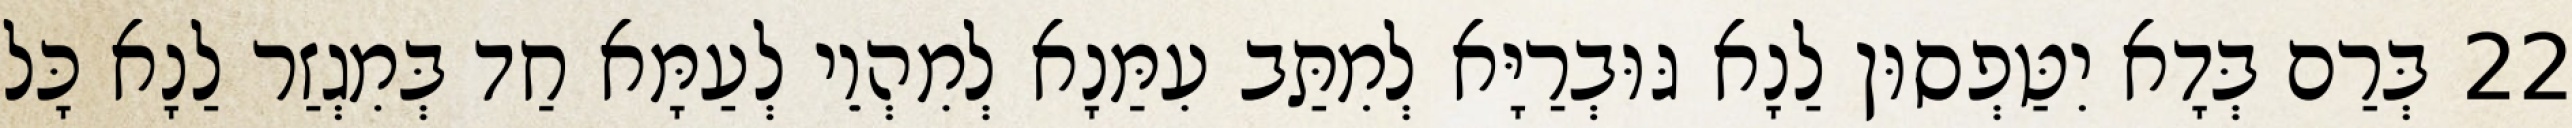
22 בְּרַם בְּדָא יִטַּפְסוּן לַנָא גּוּבְרַיָּא לְמִתַּב עִמַּנָא לְמִהְוֵי לְעַמָּא חַד בְּמִגְזַר לַנָא כָּל